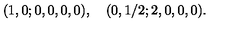
( 1 , 0 ; 0 , 0 , 0 , 0 ) , \quad ( 0 , 1 / 2 ; 2 , 0 , 0 , 0 ) .